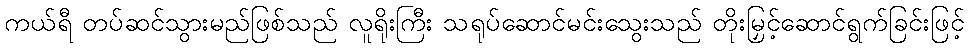
ကယ်ရီ တပ်ဆင်သွားမည်ဖြစ်သည် လူရိုးကြီး သရုပ်ဆောင်မင်းသွေးသည် တိုးမြှင့်ဆောင်ရွက်ခြင်းဖြင့်